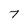
Character: 7